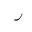
Letter: _ra